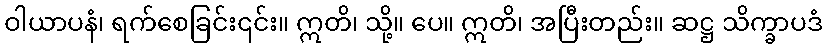
ဝါယာပနံ၊ ရက်စေခြင်း၎င်း။ ဣတိ၊ သို့။ ပေ။ ဣတိ၊ အပြီးတည်း။ ဆဋ္ဌ သိက္ခာပဒံ